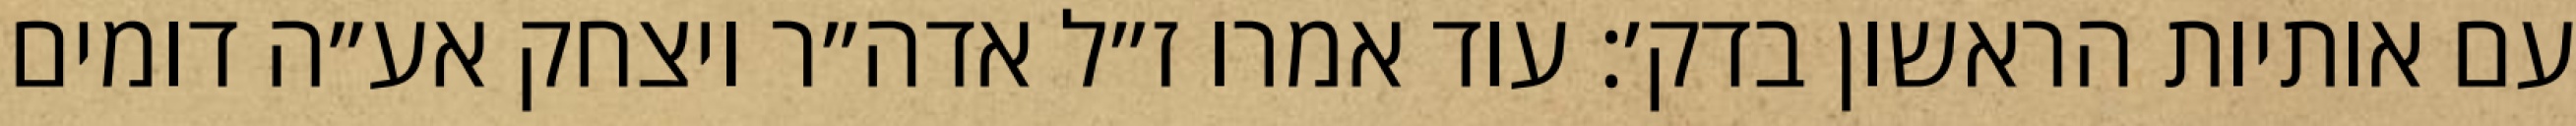
עם אותיות הראשון בדק׳: עוד אמרו ז״ל אדה״ר ויצחק אע״ה דומים